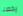
يخصنا